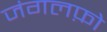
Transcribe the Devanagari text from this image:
जंगलफ़ो